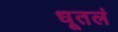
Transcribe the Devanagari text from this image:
धूतलं